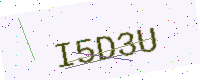
Text: I5D3U